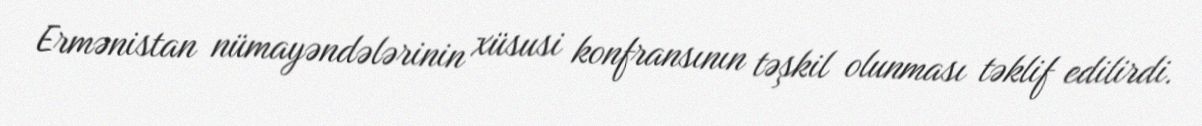
Ermənistan nümayəndələrinin xüsusi konfransının təşkil olunması təklif edilirdi.